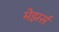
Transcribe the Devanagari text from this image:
मेझर्स